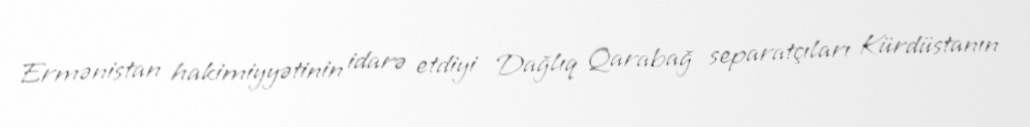
Ermənistan hakimiyyətinin idarə etdiyi Dağlıq Qarabağ separatçıları Kürdüstanın